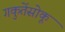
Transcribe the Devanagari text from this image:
गकुतेंसोकू